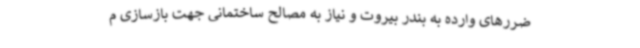
ضررهای وارده به بندر بیروت و نیاز به مصالح ساختمانی جهت بازسازی م